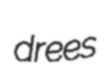
drees